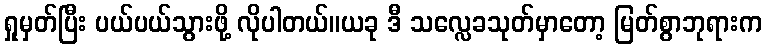
ရှုမှတ်ပြီး ပယ်ပယ်သွားဖို့ လိုပါတယ်။ယခု ဒီ သလ္လေခသုတ်မှာတော့ မြတ်စွာဘုရားက